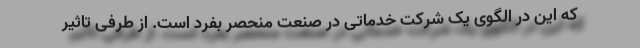
که این در الگوی یک شرکت خدماتی در صنعت منحصر بفرد است. از طرفی تاثیر